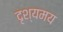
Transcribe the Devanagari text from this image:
दृश्यमय